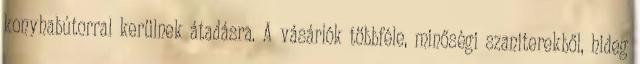
konyhabútorral kerülnek átadásra. A vásárlók többféle, minőségi szaniterekből, hideg